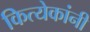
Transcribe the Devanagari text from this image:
कित्येकांनी